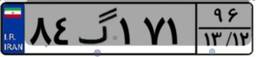
۸۴گ۱۷۱۹۶